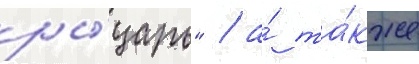
ры́царь" / а́ та́кже